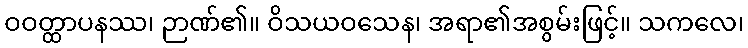
ဝဝတ္ထာပနဿ၊ ဉာဏ်၏။ ဝိသယဝသေန၊ အရာ၏အစွမ်းဖြင့်။ သကလေ၊